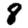
Digit: 8